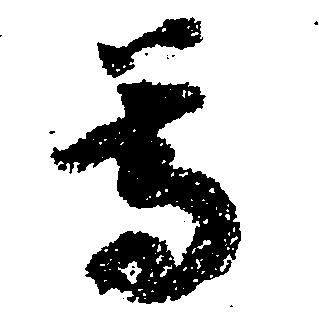
尊